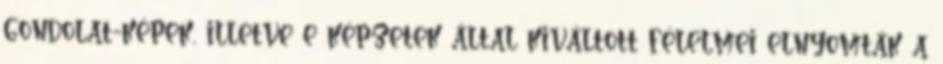
gondolat-képek, illetve e képzetek által kiváltott félelmei elnyomták a